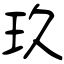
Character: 玖